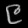
Digit: ၉